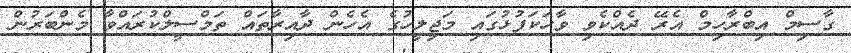
ގާސިމް އިބްރާހިމް އެރޭ ދެއްކެވި ވާހަކަފުޅުގައި މަޖިލީހުގެ އެހެން ދާއިރާތައް ތަމްސީލްކުރައްވާ މެންބަރުން